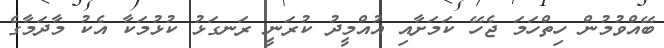
ބޭއްވުމުން ހިތްހަމަ ޖެހޭ ކަމަށާއި އުއްމީދު ކުރަނީ ރަނގަޅު ކުޅުމަކާ އެކު މާދަމާގެ